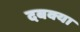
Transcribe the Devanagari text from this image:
दबक्या